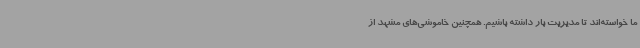
ما خواسته‌اند تا مدیریت بار داشته باشیم. همچنین خاموشی‌های مشهد از